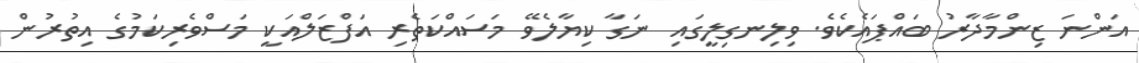
އަންނަ ޒިންމާދާރު ބައްޕައެކެވެ. ވިލިނގިލީގައި ނަގާ ކިޔާލެވޭ މަސައްކަތެރި އަފްޒަލްއަކީ މަސްވެރިކަމުގެ އިތުރުން